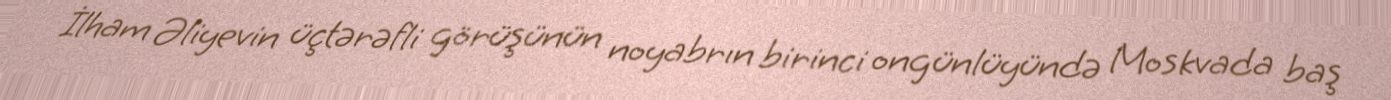
İlham Əliyevin üçtərəfli görüşünün noyabrın birinci ongünlüyündə Moskvada baş